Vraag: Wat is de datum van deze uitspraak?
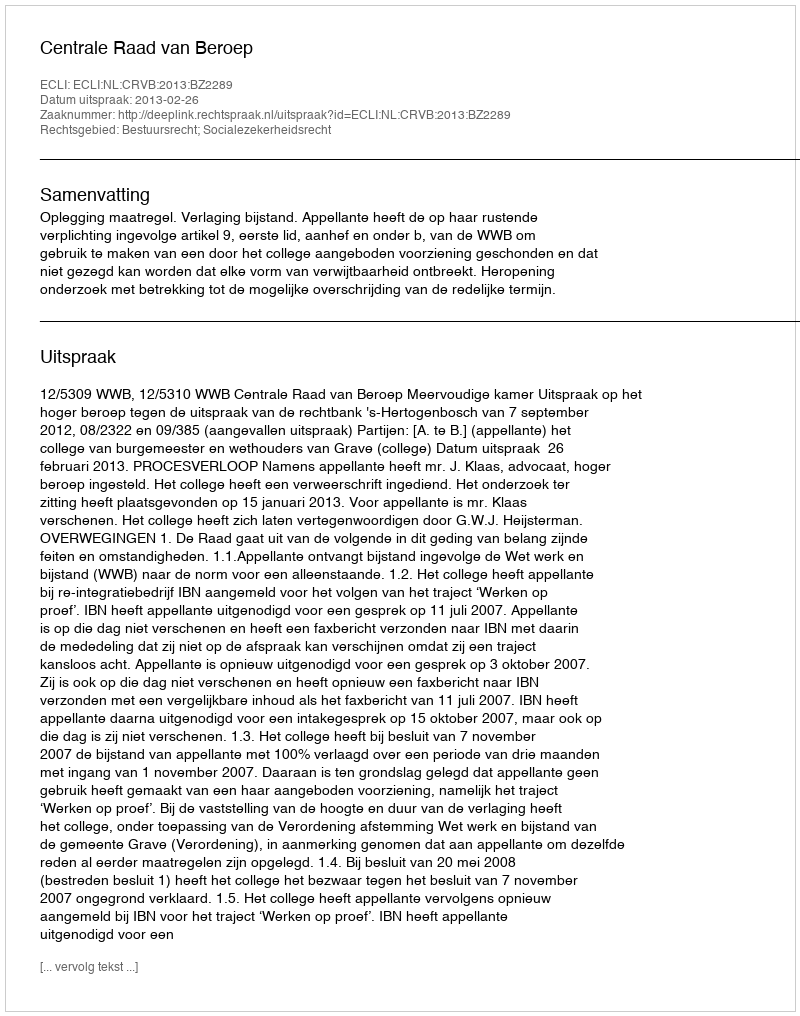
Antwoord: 2013-02-26